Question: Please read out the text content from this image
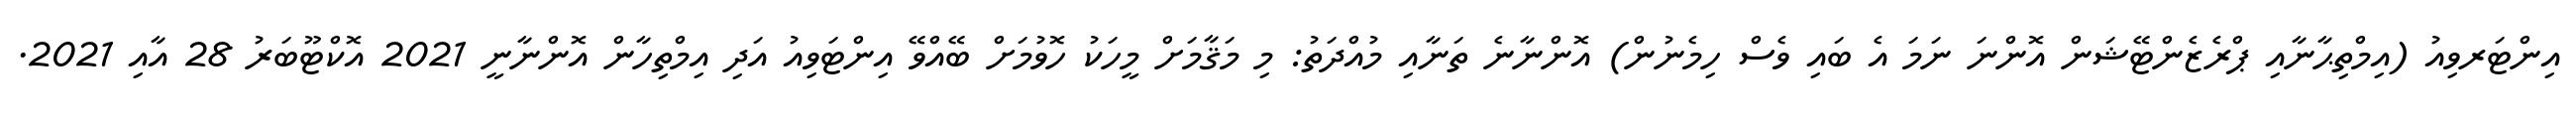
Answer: އިންޓަރވިއު (އިމްތިޙާނާއި ޕްރެޒެންޓޭޝަން އޮންނަ ނަމަ އެ ބައި ވެސް ހިމެނުން) އޮންނާނެ ތަނާއި މުއްދަތު: މި މަޤާމަށް މީހަކު ހޮވުމަށް ބޭއްވޭ އިންޓަވިއު އަދި އިމްތިހާން އޮންނާނީ 2021 އޮކްޓޫބަރު 28 އާއި 2021.